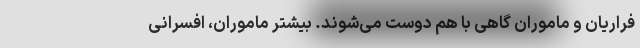
فراریان و ماموران گاهی با هم دوست می‌شوند. بیشتر ماموران، افسرانی